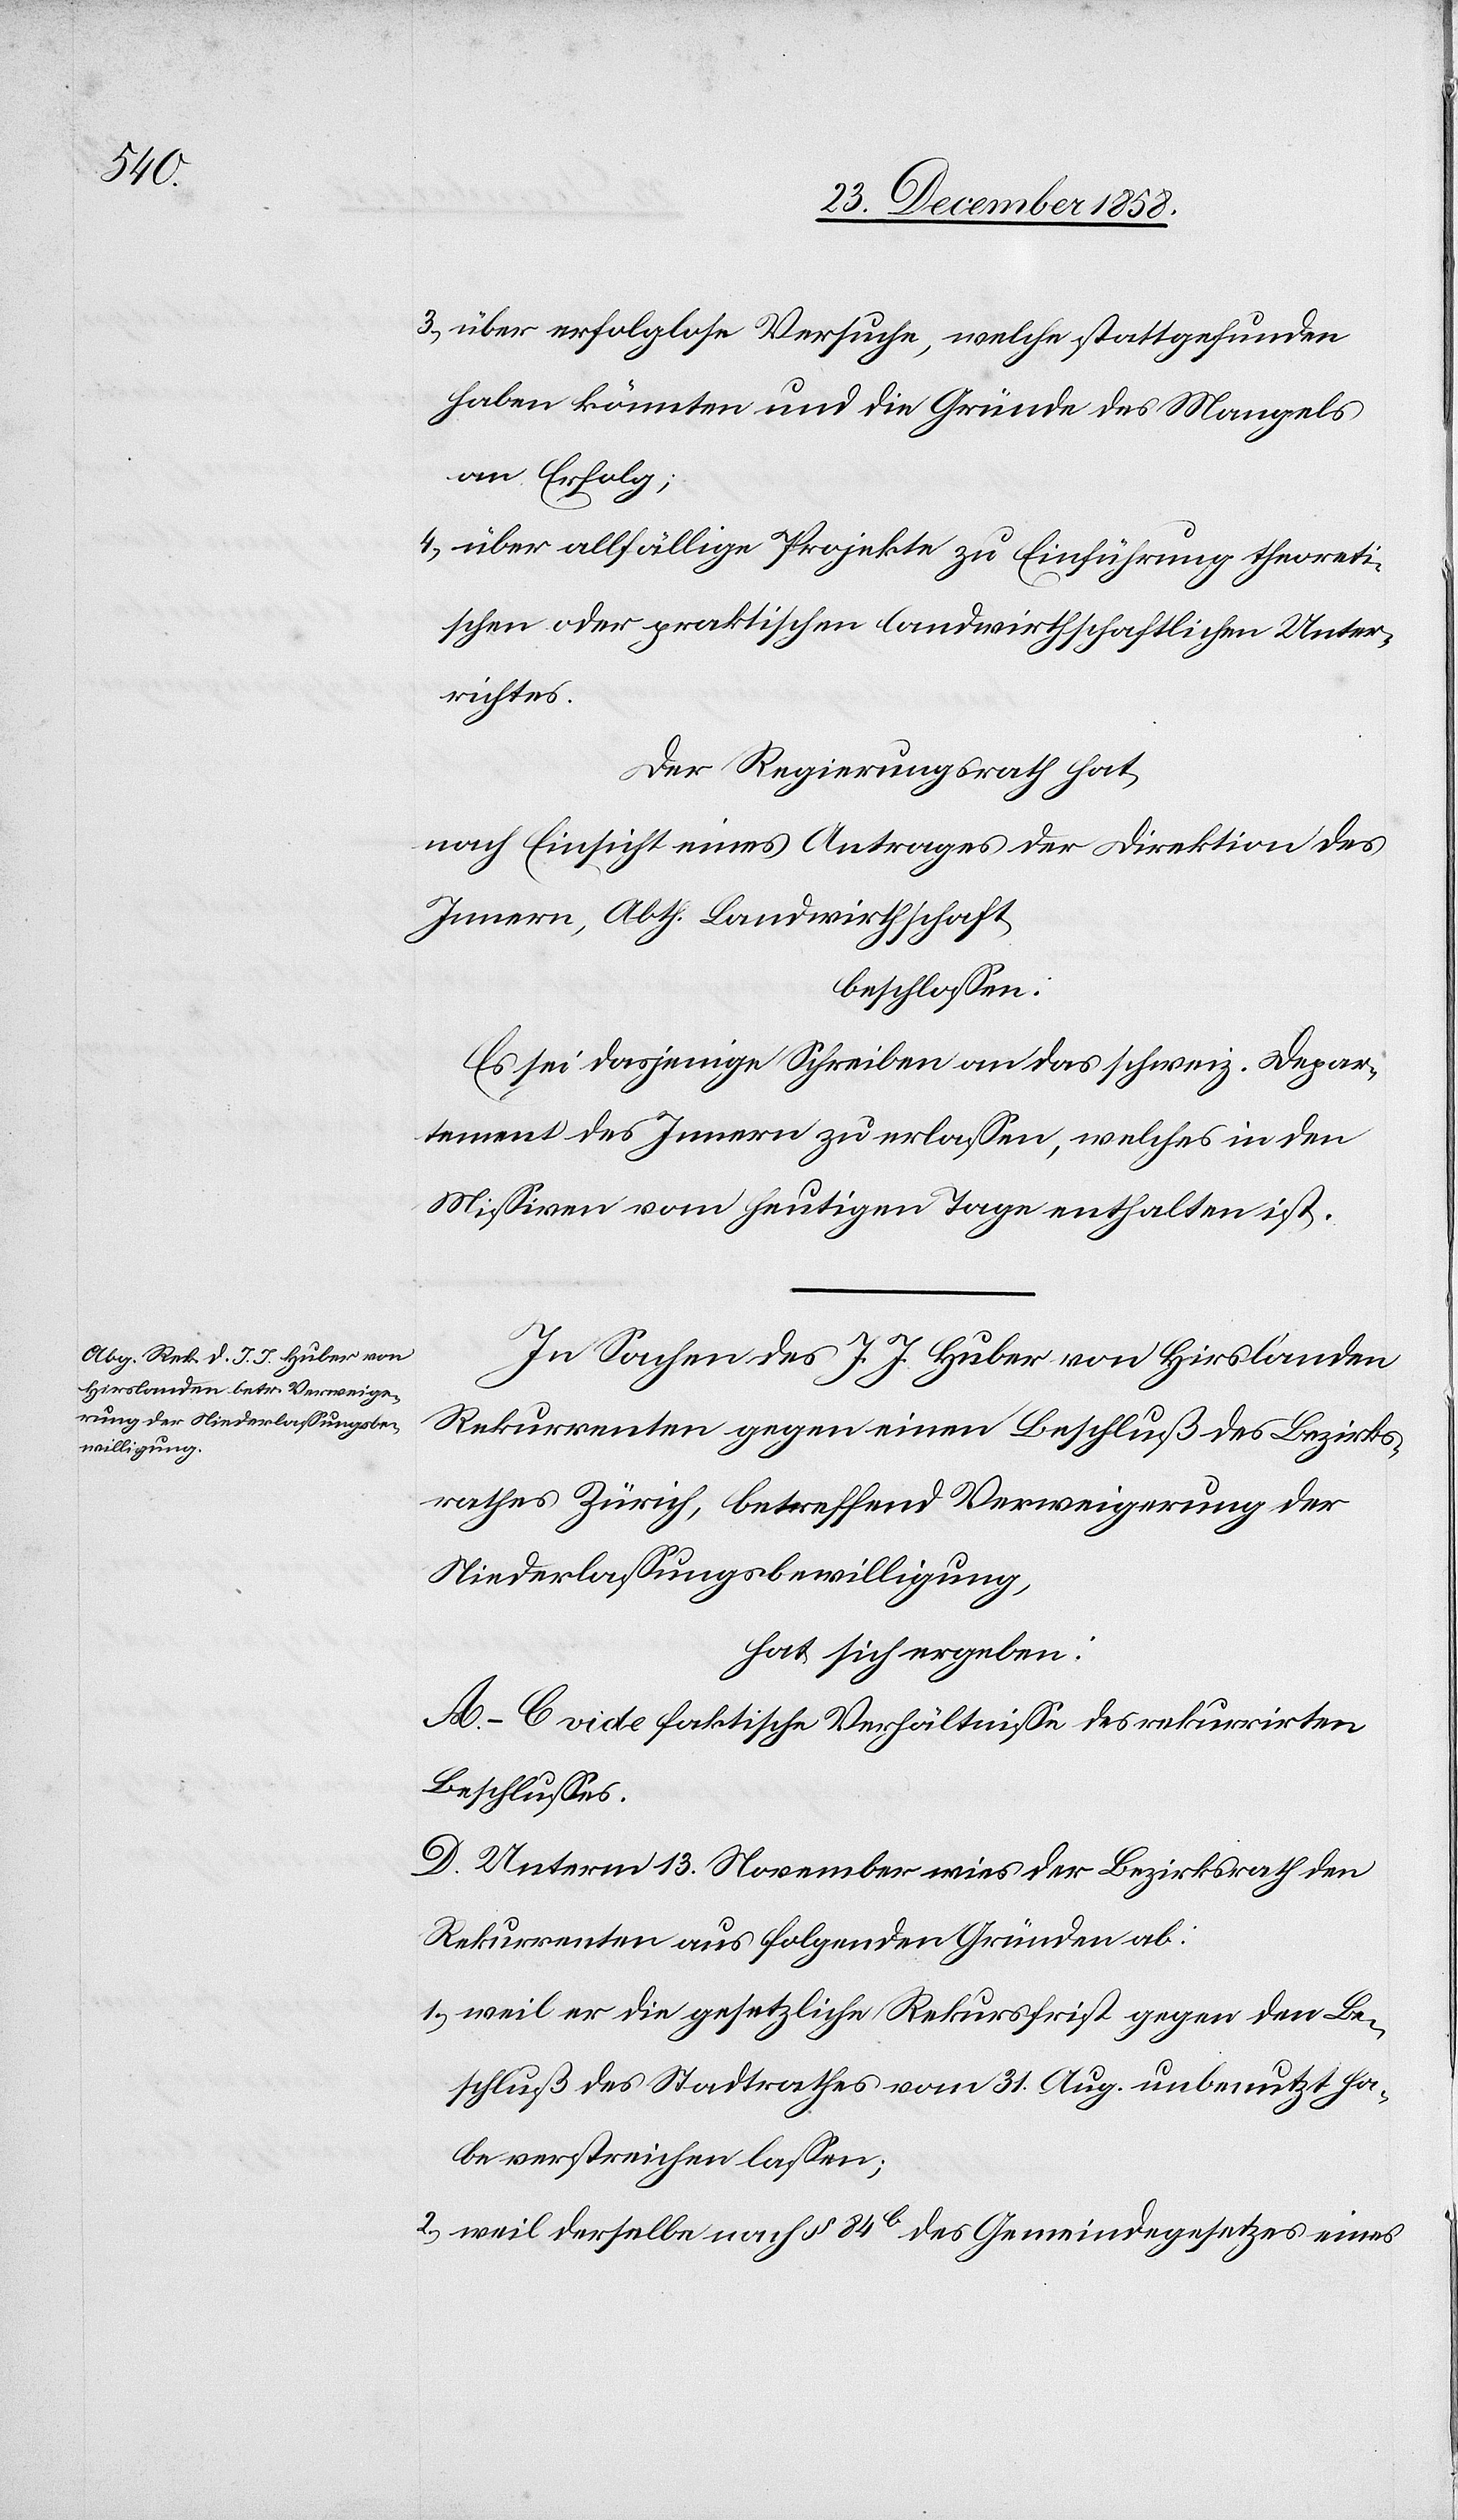
über erfolglose Versuche, welche stattgefunden
haben könnten und die Gründe des Mangels
an Erfolg;
über allfällige Projekte zu Einführung theoreti¬
schen oder praktischen landwirthschaftlichen Unter¬
richtes.
Der Regierungsrath hat,
nach Einsicht eines Antrages der Direktion des
Innern, Abth. Landwirthschaft,
beschlossen:
Es sei dasjenige Schreiben an das schweiz. Depar¬
tement des Innern zu erlassen, welches in den
Missiven vom heutigen Tage enthalten ist.
In Sachen des J. J. Huber von Hirslanden
Rekurrenten gegen einen Beschluß des Bezirks¬
rathes Zürich, betreffend Verweigerung der
Niederlassungsbewilligung,
hat sich ergeben:
A.–C vide faktische Verhältnisse des rekurrirten
Beschlusses.
D. Unterm 13. November wies der Bezirksrath den
Rekurrenten aus folgenden Gründen ab:
weil er die gesetzliche Rekursfrist gegen den Be¬
schluß des Stadtrathes vom 31. Aug. unbenutzt ha¬
be verstreichen lassen;
weil derselbe nach § 84b des Gemeindegesetzes eines